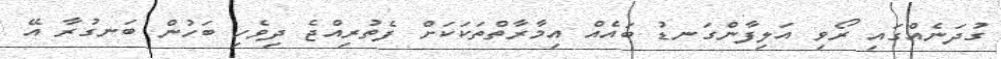
ގުދަނެއްގައި ރޯވި އަލިފާންގަނޑު ބައެއް އިމާރާތްތަކަކަށް ފެތުރިއްޖެ ދިވެހި ބަހުން ބަނގުރާ އޭ